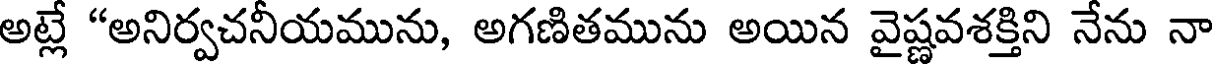
అట్లే "అనిర్వచనీయమును, అగణితమును అయిన వైష్ణవశక్తిని నేను నా